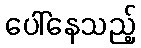
ပေါ်နေသည့်